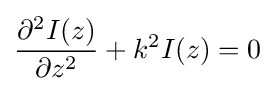
{\frac {{\partial ^{2}}I(z)}{\partial z^{2}}}+k^{2}I(z)=0